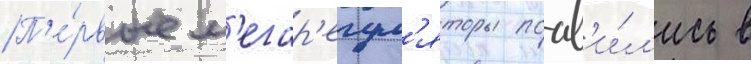
П'е́рвые м'егар'егул'яторы поав'и́л'ись в